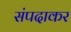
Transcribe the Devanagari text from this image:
संपदाकर